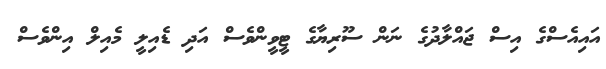
އައިއެސްގެ އިސް ޖައްލާދުގެ ނަން ސޫރިޔާގެ ޓީވީންވެސް އަދި ޑެއިލީ މެއިލް އިންވެސް